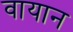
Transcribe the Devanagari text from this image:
वायान